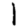
Digit: 1